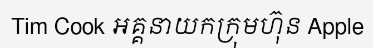
Tim Cook អគ្គនាយកក្រុមហ៊ុន Apple